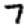
Digit: 7